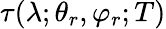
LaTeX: \tau(\lambda;\theta_{r},\varphi_{r};T)